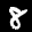
Label: 8